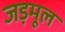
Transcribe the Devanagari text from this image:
जड़मूल